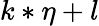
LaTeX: k*\eta+l